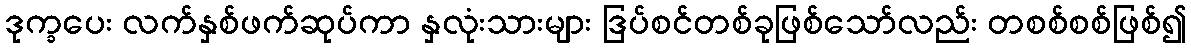
ဒုက္ခပေး လက်နှစ်ဖက်ဆုပ်ကာ နှလုံးသားများ ဒြပ်စင်တစ်ခုဖြစ်သော်လည်း တစစ်စစ်ဖြစ်၍